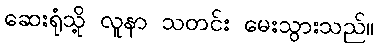
ဆေးရုံသို့ လူနာ သတင်း မေးသွားသည်။